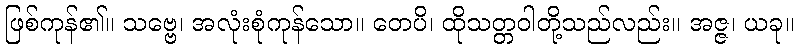
ဖြစ်ကုန်၏။ သဗ္ဗေ၊ အလုံးစုံကုန်သော။ တေပိ၊ ထိုသတ္တဝါတို့သည်လည်း။ အဇ္ဇ၊ ယခု။